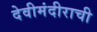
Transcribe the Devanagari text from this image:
देवीमंदीराची